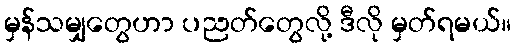
မှန်သမျှတွေဟာ ပညတ်တွေလို့ ဒီလို မှတ်ရမယ်။